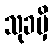
သုခမှိ